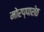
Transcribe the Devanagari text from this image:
मोरप्पाशेठ